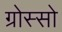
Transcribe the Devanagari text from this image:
ग्रोस्सो